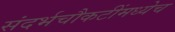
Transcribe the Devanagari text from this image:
संदर्भचौकटींमध्येच